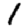
Digit: 1